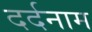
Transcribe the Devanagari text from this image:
दर्दनाम